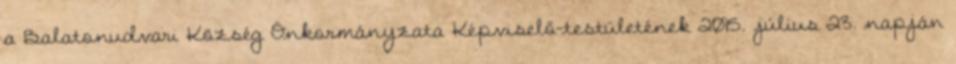
a Balatonudvari Község Önkormányzata Képviselő-testületének 2015. július 23. napján